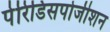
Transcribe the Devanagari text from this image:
पेरिडिसपोजीशन